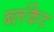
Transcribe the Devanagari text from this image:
ब्लंकेट